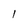
Character: 1